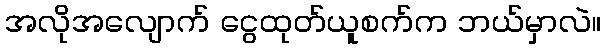
အလိုအလျောက် ငွေထုတ်ယူစက်က ဘယ်မှာလဲ။